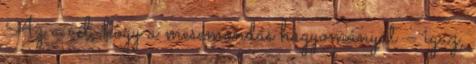
Az a cél, hogy a mesemondás hagyományát – igaz,